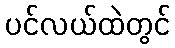
ပင်လယ်ထဲတွင်